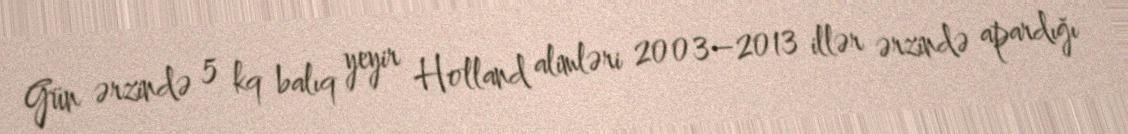
Gün ərzində 5 kq balıq yeyir Holland alimləri 2003–2013 illər ərzində apardığı